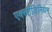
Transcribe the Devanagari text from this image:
एक्लीडिनियम